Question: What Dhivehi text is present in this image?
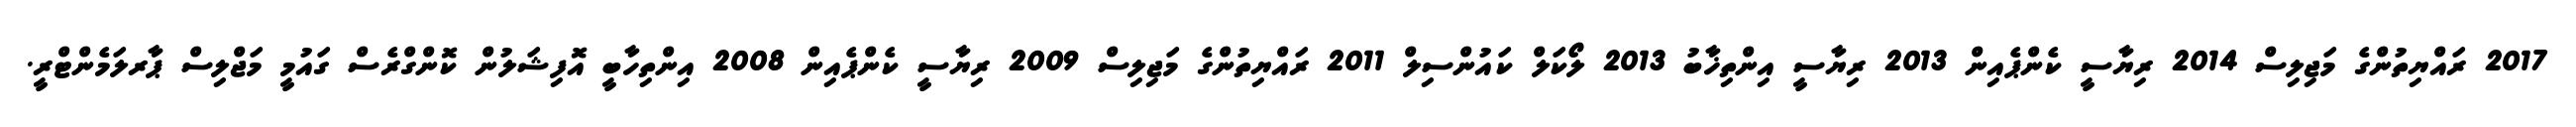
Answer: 2017 ރައްޔިތުންގެ މަޖިލިސް 2014 ރިޔާސީ ކެންޕެއިން 2013 ރިޔާސީ އިންތިޚާބު 2013 ލޯކަލް ކައުންސިލް 2011 ރައްޔިތުންގެ މަޖިލިސް 2009 ރިޔާސީ ކެންޕެއިން 2008 އިންތިހާބީ އޮފިޝަލުން ކޮންގްރެސް ގައުމީ މަޖްލިސް ޕާރލަމެންޓްރީ.